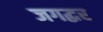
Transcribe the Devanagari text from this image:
जगद्घर